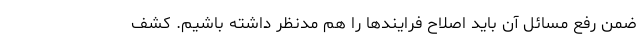
ضمن رفع مسائل آن باید اصلاح فرایندها را هم مدنظر داشته باشیم. کشف